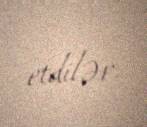
etdilər.